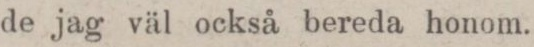
de jag väl också bereda honom.